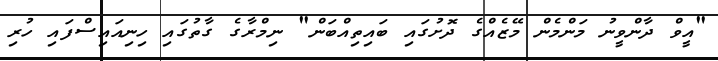
"އީވް ދާންވީނު މަންމެން މޭޒެއްގެ ދޮށުގައި ބައިތިއްބަން" ނިމްރާގެ ގާތުގައި ހިނިއައިސްފައި ހުރި